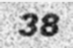
38